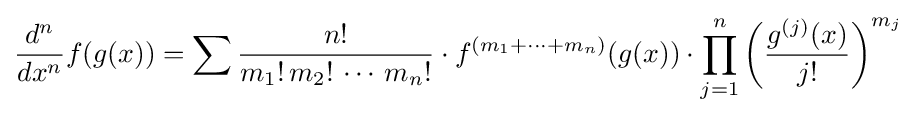
{d^{n} \over dx^{n}}f(g(x))=\sum {\frac {n!}{m_{1}!\,m_{2}!\,\cdots \,m_{n}!}}\cdot f^{(m_{1}+\cdots +m_{n})}(g(x))\cdot \prod _{j=1}^{n}\left({\frac {g^{(j)}(x)}{j!}}\right)^{m_{j}}